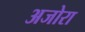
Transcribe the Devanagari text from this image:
अजोरा